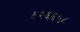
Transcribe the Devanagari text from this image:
६२६६५८